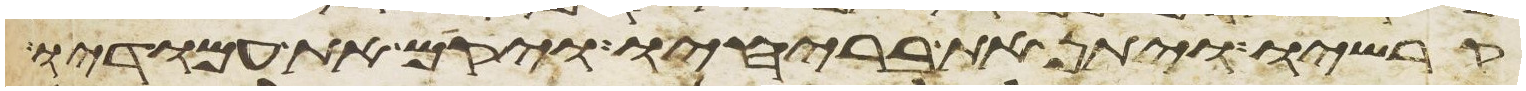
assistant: קרשיו ויתן את בריחיו ויקם את עמודיו